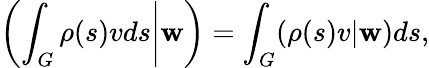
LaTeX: \left.\left(\int_{G}\rho(s)vds\right|\mathbf{w}\right)=\int_{G}(\rho(s)v|\mathbf{w})ds,